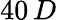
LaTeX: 40\, D